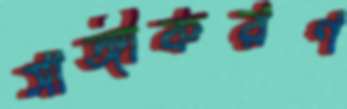
সাঙ্গীকরণ